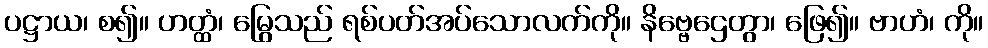
ပဋ္ဌာယ၊ စ၍။ ဟတ္ထံ၊ မြွေသည် ရစ်ပတ်အပ်သောလက်ကို။ နိဗ္ဗေဌေတွာ၊ ဖြေ၍။ ဗာဟံ၊ ကို။